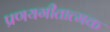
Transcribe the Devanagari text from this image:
प्रणयगीतात्मक